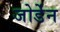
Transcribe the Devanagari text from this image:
जोर्डेन